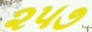
૨૫૭